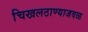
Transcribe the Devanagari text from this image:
चिखलठाण्याजवळ